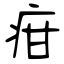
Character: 疳